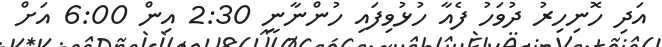
އަދި ހޮނިހިރު ދުވަހު ފެއާ ހުޅުވިފައި ހުންނާނީ 2:30 އިން 6:00 އަށް